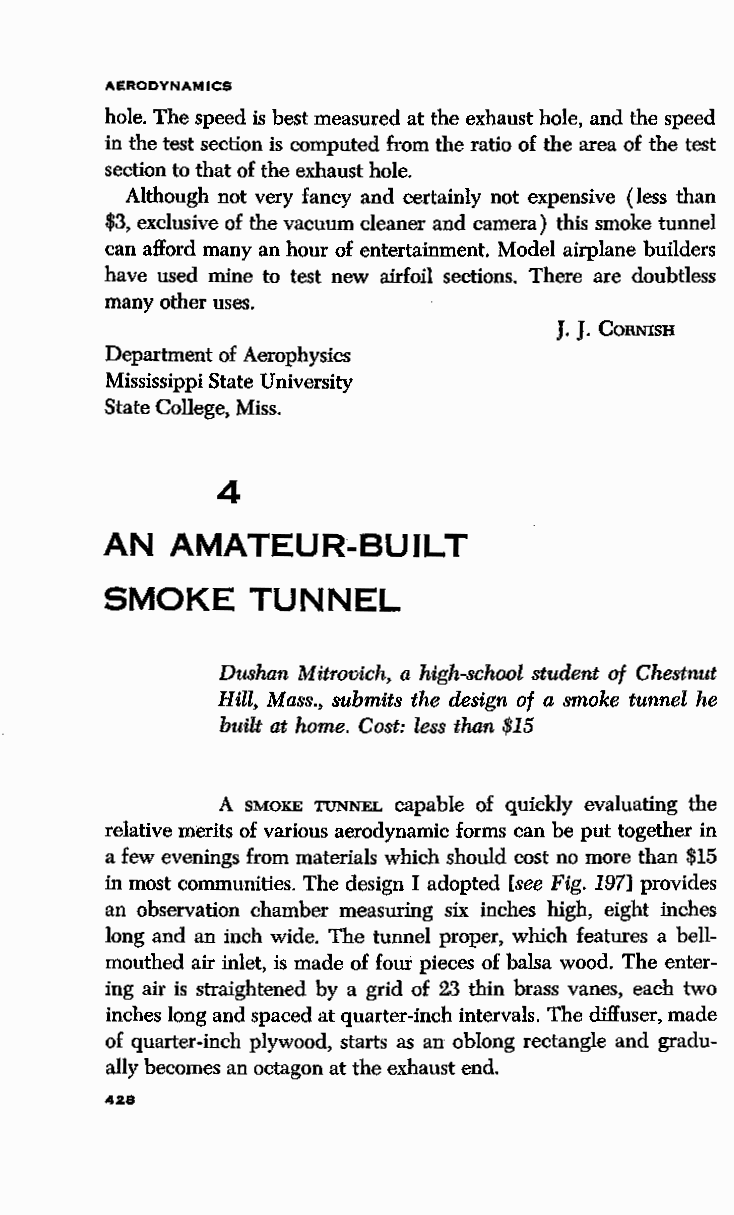
AERODYNAMICS
 hole. The speed is best measured at the exhaust hole, and the speed
 in the test section is computed from the ratio of the area of the test
 section to that of the exhaust hole.
 Although not very fancy and certainly not expensive (less than
 $3, exclusive of the vacuum cleaner and camera) this smoke tunnel
 can afford many an hour of entertainment. Model airplane builders
 have used mine to test new airfoil sections. There are doubtless
 many other uses.
 J. J. CoRNISH
 Department of Aerophysics
 Mississippi State University
 State College, Miss.
 4
 AN  AMATEUR-BUlLT
 SMOKE     TUNNEL
 Dushan Mitrovich, a high-school student of Chestnut
 Hill, Mass., submits the design of a smoke tunnel he
 built at home. Cost: less than $15
 A SMOKE TUNNEL capable of quickly evaluating the
 relative merits of various aerodynamic forms can be put together in
 a few evenings from materials which should cost no more than $15
 in most communities. The design I adopted [see Fig. 197] provides
 an observation chamber measuring six inches high, eight inches
 long and an inch wide. The tunnel proper, which features a bell
 mouthed air inlet, is made of four pieces of balsa wood. The enter
 ing air is straightened by a grid of 23 thin brass vanes, each two
 inches long and spaced at quarter-inch intervals. The diffuser, made
 of quarter-inch plywood, starts as an oblong rectangle and gradu
 ally becomes an octagon at the exhaust end.
 428